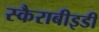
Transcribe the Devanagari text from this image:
स्कैराबीइडी